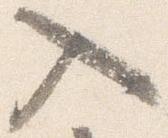
入